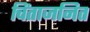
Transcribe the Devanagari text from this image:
चिंताजनित